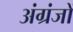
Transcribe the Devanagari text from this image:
अंग्रंजों